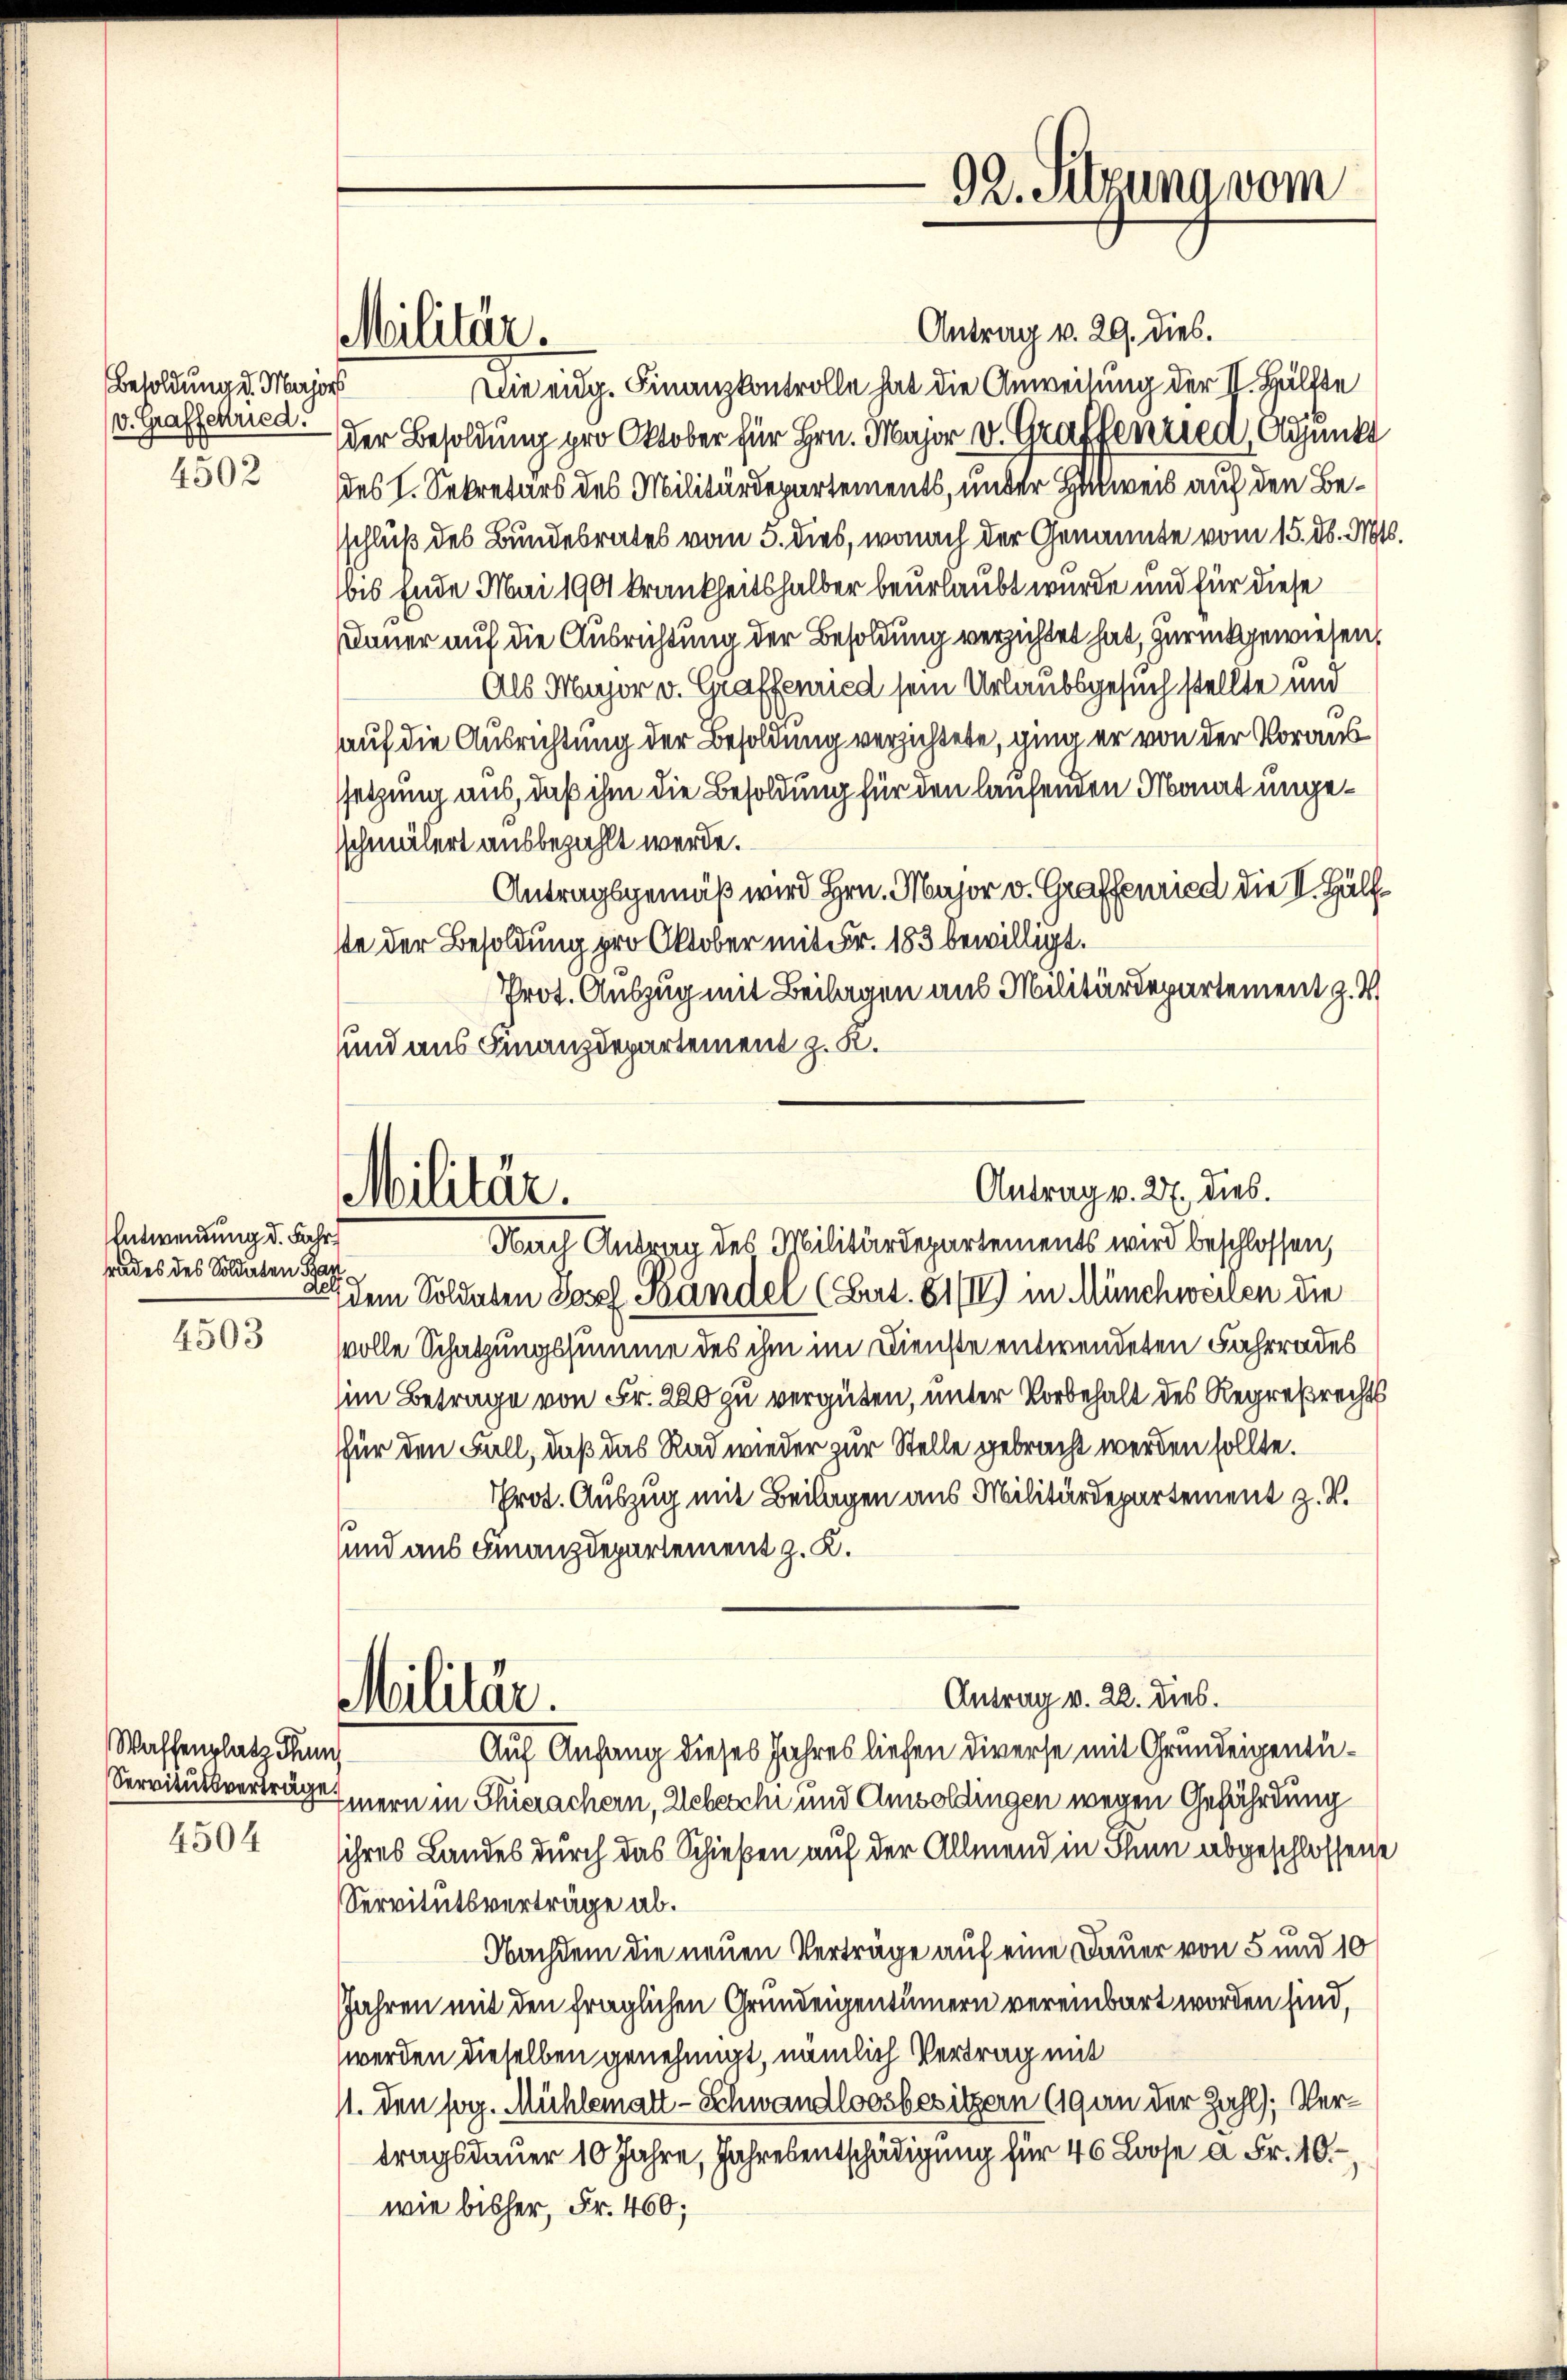
Besoldung d. Majors
v. Grafschried
4502

Entwendung d. Fahr
rades des Soldaten Par
d

4503

Waffenplatz Thun
4504

Militär.

Antrag v. 29. dies.
Die eidg. Finanzkontrolle hat die Anweisung der II. Hälfte
der Besoldung pro Oktober für Hrn. Major v. Grafsentica, Adjunkt
des I. Sekretärs des Militärdepartements, under Hinweis auf den Besschluß des Bundesrates vom 5. dies, wonach der Genannte vom 15. d. M.
bis Ende Mai 1901 krankheitshalber beurlaubt wurde und für diese
Dauer auf die Ausrichtung der Besoldung verzichtet hat, zurückgewiesen,
Als Maror v. Graffenried sein Urlaubsgesuch stellte und
auf die Ausrichtung der Besoldung versichtete, ging er von der Voraussetzung aus, daß ihm die Besoldung für den laufenden Monat ungeschmälert ausbezahlt werde.
Antragsgemäß wird Hrn. Major v. Graffenried die I. Hälfste der Besoldung pro Oktober mit Fr. 183 bewilligt.
Prot. Auszug mit Beilagen aus Militärdepartement z.
und aus Finanzdepartement z. K.
Nach Antrag des Militärdepartements wird beschlossen,
dem Soldaten Josef Bändel (Sat. 61/II) in Münchweilen die
volle Schatzungssumme des ihm im Dienste entwendeten Fahrrades
him Betrage von Fr. 220 zu vergüten, unter Vorbehalt des Regreßrechts
für den Fall, daß das Rad wieder zur Stelle gebracht werden sollte.
Prot. Auszug mit Beilagen aus Militärdepartement z. B.
und aus Finanzdepartement z. K.
Antrag v. 22. dies.
Militär.
Auf Anfang dieses Jahres liefen diverse mit Grundeigentu¬
Servitutsverträgern in Thierachern, Webersche und Amsoldingen wegen Gefährdung
sihres Landes durch das Schießen auf der Allmend in Thun abgeschlossene
Servitutsverträge ab.
Nachdem die neuen Verträge auf eine Dauer von 5 und 10
Jahren mit den fraglichen Grundeigentümern vereinbart worden sind,
werden dieselben genehmigt, nämlich Vertrag mit
11. den sog. Mühlematt-Schwandloosbesitzern (19 an der Zahl; Vertragsdauer 10 Jahre, Jahresentschädigung für 46 Loose à Fr. 10.
wie bisher, Fr. 460;

Militär.

92. Sitzung vom

Antrag v. 27. dies.